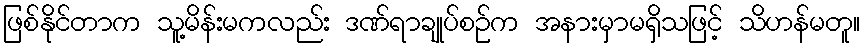
ဖြစ်နိုင်တာက သူ့မိန်းမကလည်း ဒဏ်ရာချုပ်စဉ်က အနားမှာမရှိသဖြင့် သိဟန်မတူ။